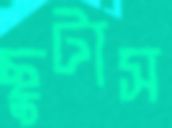
ছুটাস